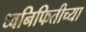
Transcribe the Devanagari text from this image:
ध्वनिफितीच्या